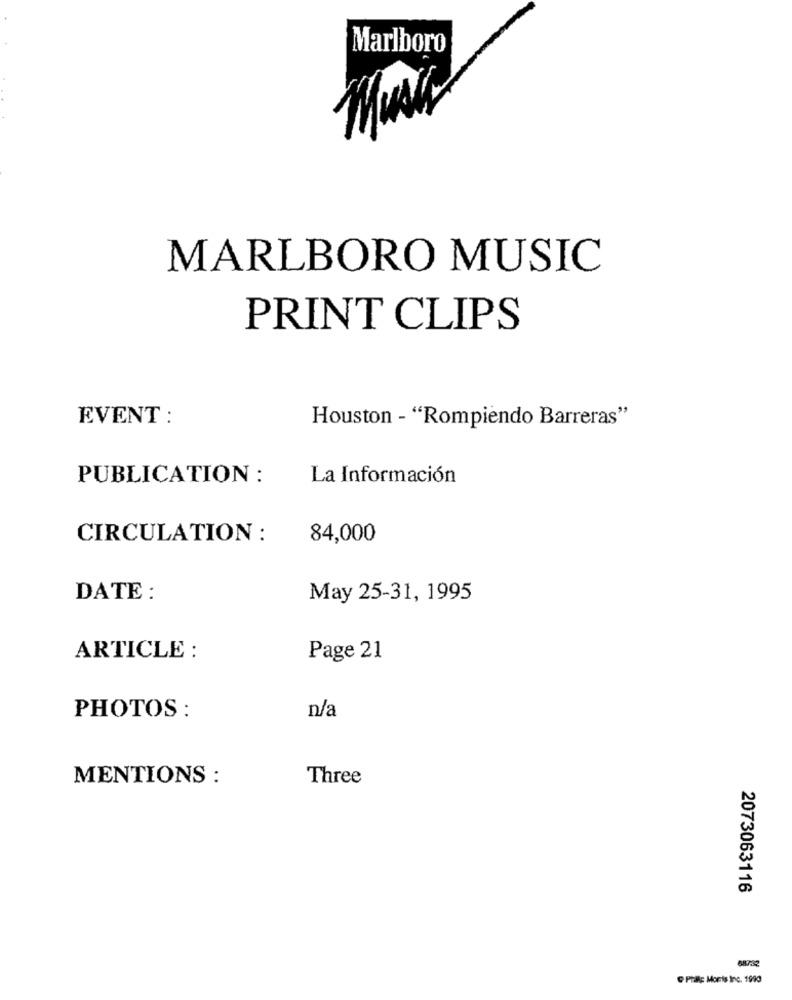
Marlboro
MARLBORO MUSIC
PRINT CLIPS
EVENT :
Houston - "Rompiendo Barreras"
PUBLICATION :
La Información
CIRCULATION :
84,000
DATE :
May 25-31, 1995
ARTICLE :
Page 21
PHOTOS :
n/a
MENTIONS :
Three
2073063116
68732
PHIRE Moris Inc. 1990